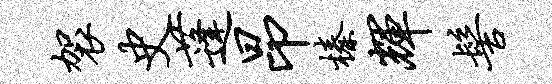
袈史蓬昂榛辉髻